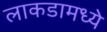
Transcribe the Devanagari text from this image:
लाकडामध्ये